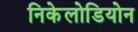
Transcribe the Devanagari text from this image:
निकेलोडियोन